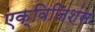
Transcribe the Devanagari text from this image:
एक्विजिशंस